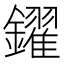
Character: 鑃